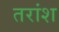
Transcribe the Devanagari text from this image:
तरांश